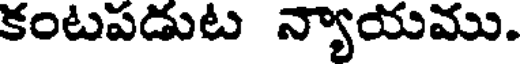
కంటపడుట న్యాయము.